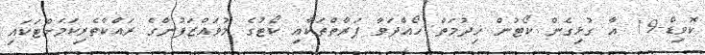
ކޮވިޑް-19 އާ ގުޅިގެން ކޯޓުން ޚިދުމަތް ހޯއްދަވާ ފަރާތްތަކާއި ކޯޓުގެ މުވައްޒަފުންގެ ރައްކާތެރިކަމަށްޓަކައި